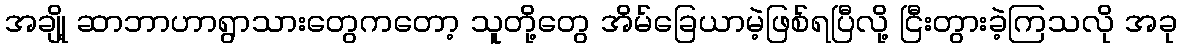
အချို့ ဆာဘာဟာရွာသားတွေကတော့ သူတို့တွေ အိမ်ခြေယာမဲ့ဖြစ်ရပြီလို့ ငြီးတွားခဲ့ကြသလို အခု